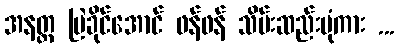
အနတ္တ မြဲခိုင်အောင် ဖန်ဖန် သိမ်းဆည်းပုံကား ...